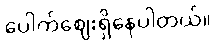
ပေါက်ဈေးရှိနေပါတယ်။